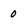
Character: 0